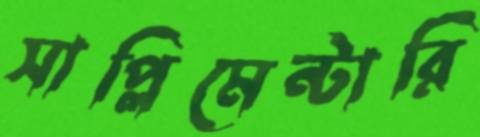
সাপ্লিমেন্টারি